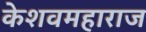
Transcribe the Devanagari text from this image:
केशवमहाराज